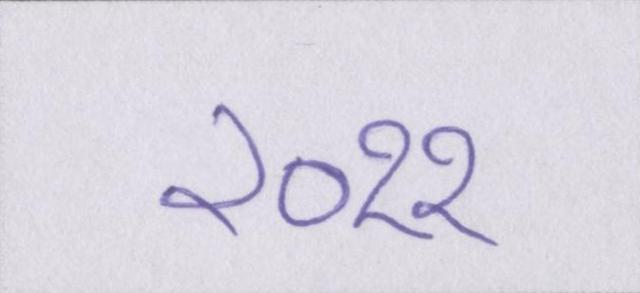
२०११